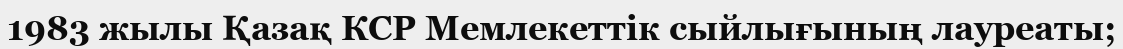
1983 жылы Қазақ КСР Мемлекеттік сыйлығының лауреаты;